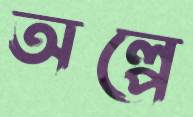
অল্পে